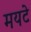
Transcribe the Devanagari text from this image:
मयटे